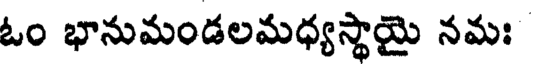
ఓం భానుమండలమధ్యస్థాయై నమః